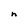
Character: n